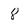
Character: 8